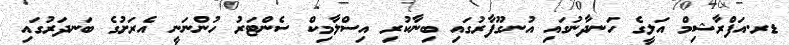
ޑރ.އަފްރާޝިމް އަލީގެ ހަނދާނުގައި އުނގޫފާރުގައި ބިނާކުރި އިސްލާމިކް ސެންޓަރު ހުންނަނީ އެރަށުގެ ބަނދަރުގައި